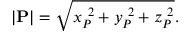
| \mathbf { P } | = { \sqrt { x _ { P } ^ { \ 2 } + y _ { P } ^ { \ 2 } + z _ { P } ^ { \ 2 } } } .